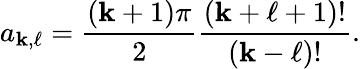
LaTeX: a_{\mathbf{k},\ell}=\frac{{(\mathbf{k}+1)\pi}}{{2}}\frac{{(\mathbf{k}+\ell+1)!}}{{(\mathbf{k}-\ell)!}}.